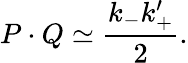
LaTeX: P\cdot Q\simeq\frac{k_{-}k_{+}^{\prime}}{2}.